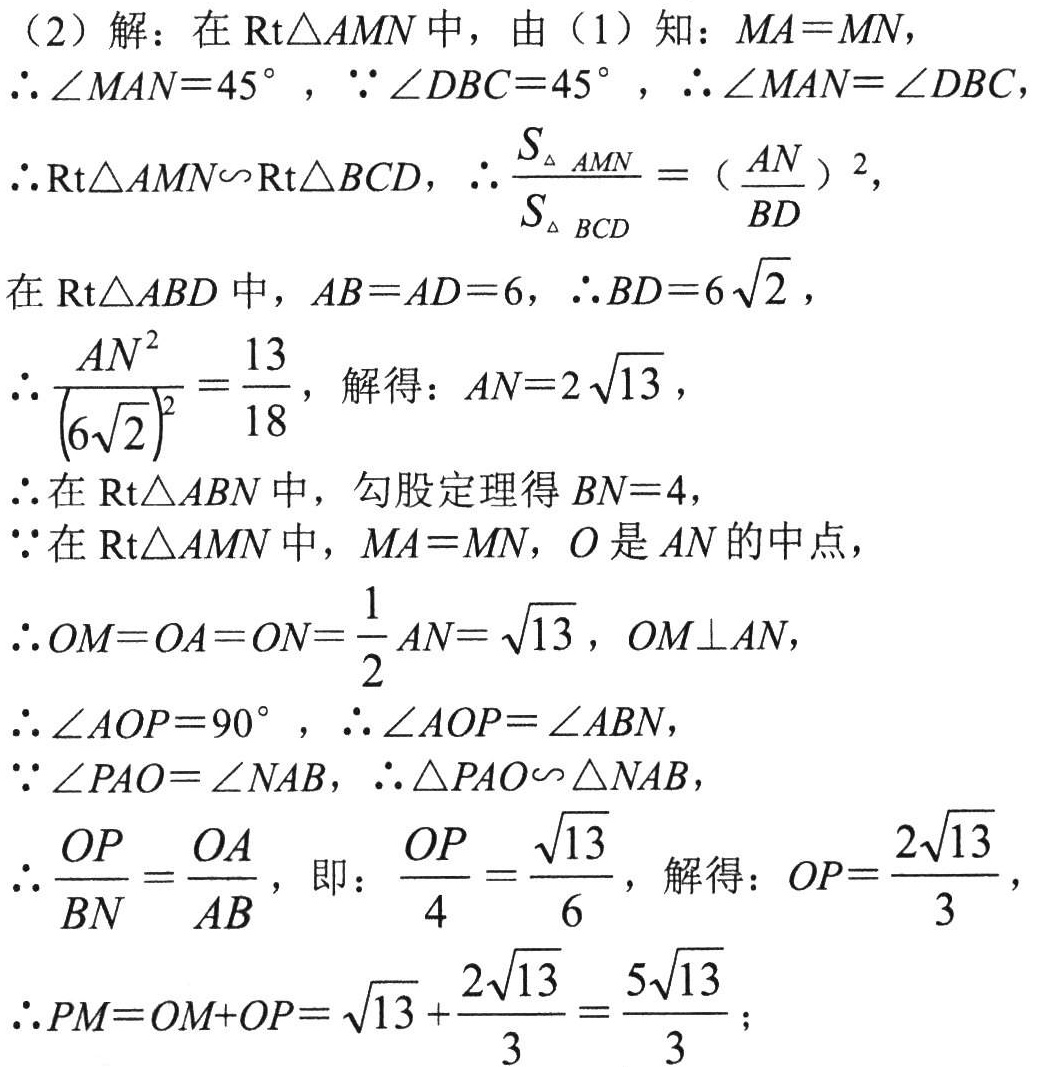
（2）解：在\(Rt\triangle AMN\)中，由（1）知：\(MA = MN\)，

\(\therefore\angle MAN = 45^{\circ}\)，\(\because\angle DBC = 45^{\circ}\)，\(\therefore\angle MAN=\angle DBC\)

\(\therefore Rt\triangle AMN\sim Rt\triangle BCD\)，\(\therefore\frac{S_{\triangle AMN}}{S_{\triangle BCD}} = (\frac{AN}{BD})^2\)，

在\(Rt\triangle ABD\)中，\(AB = AD = 6\)，\(\therefore BD = 6\sqrt{2}\)，

\(\therefore\frac{AN^{2}}{(6\sqrt{2})^{2}}=\frac{13}{18}\)，解得：\(AN = 2\sqrt{13}\)，

\(\therefore\)在\(Rt\triangle ABN\)中，勾股定理得\(BN = 4\)，

\(\because\)在\(Rt\triangle AMN\)中，\(MA = MN\)，\(O\)是\(AN\)的中点，

\(\therefore OM = OA = ON=\frac{1}{2}AN=\sqrt{13}\)，\(OM\perp AN\)，

\(\therefore\angle AOP = 90^{\circ}\)，\(\therefore\angle AOP=\angle ABN\)，

\(\because\angle PAO=\angle NAB\)，\(\therefore\triangle PAO\sim\triangle NAB\)，

\(\therefore\frac{OP}{BN}=\frac{OA}{AB}\)，即：\(\frac{OP}{4}=\frac{\sqrt{13}}{6}\)，解得：\(OP=\frac{2\sqrt{13}}{3}\)，

\(\therefore PM = OM + OP=\sqrt{13}+\frac{2\sqrt{13}}{3}=\frac{5\sqrt{13}}{3}\)；